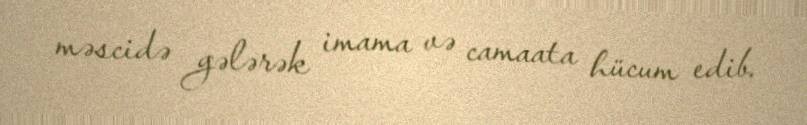
məscidə gələrək imama və camaata hücum edib.